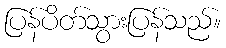
ပြန်ပိတ်သွားပြန်သည်။